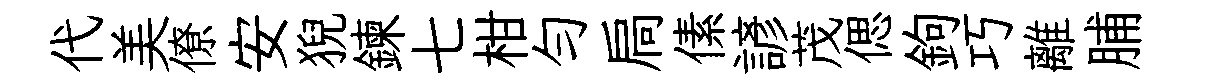
代美僚安猊鍊七柑勻扃傃諺茂偲鉤巧離脯